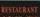
restaurant